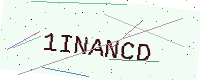
Text: 1INANCD